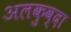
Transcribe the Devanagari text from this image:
अलकुव्दा